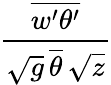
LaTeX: \frac{\overline{{w^{\prime}\theta^{\prime}}}}{\sqrt{g}\, \overline{{\theta}}\, \sqrt{z}}